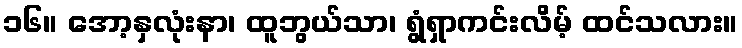
၁၆။ အော့နှလုံးနာ၊ ထူဘွယ်သာ၊ ရွံရှာကင်းလိမ့် ထင်သလား။